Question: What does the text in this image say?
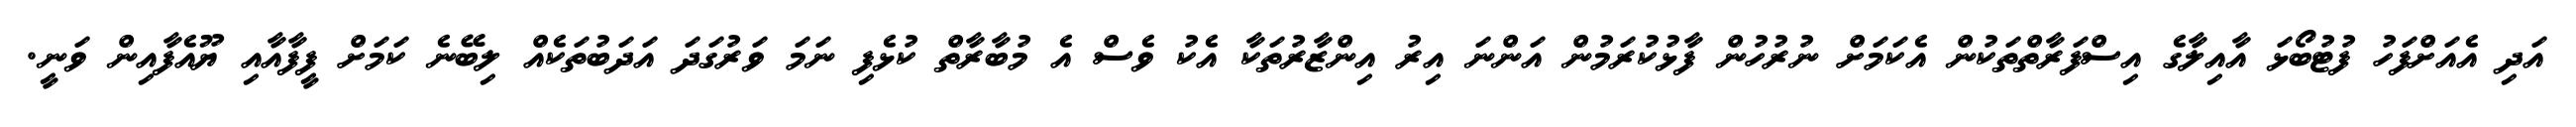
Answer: އަދި އެއަށްފަހު ފުޓުބޯޅަ އާއިލާގެ އިސްފަރާތްތަކުން އެކަމަށް ނުރުހުން ފާޅުކުރަމުން އަންނަ އިރު އިންޒާރުތަކާ އެކު ވެސް އެ މުބާރާތް ކުޅެފި ނަމަ ވަރުގަދަ އަދަބުތަކެއް ލިބޭނެ ކަމަށް ފީފާއާއި ޔޫއެފާއިން ވަނީ.